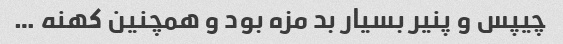
چیپس و پنیر بسیار بد مزه بود و همچنین کهنه …